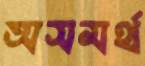
অসমর্থ